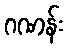
ဂဏန်း